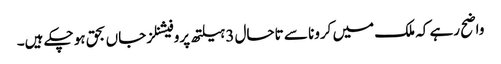
واضح رہے کہ ملک میں کرونا سے تاحال 3 ہیلتھ پروفیشنلز جاں بحق ہو چکے ہیں۔